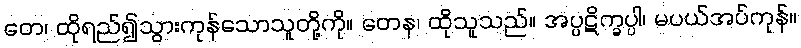
တေ၊ ထိုရည်၍သွားကုန်သောသူတို့ကို။ တေန၊ ထိုသူသည်။ အပ္ပဋိက္ခပ္ပါ၊ မပယ်အပ်ကုန်။